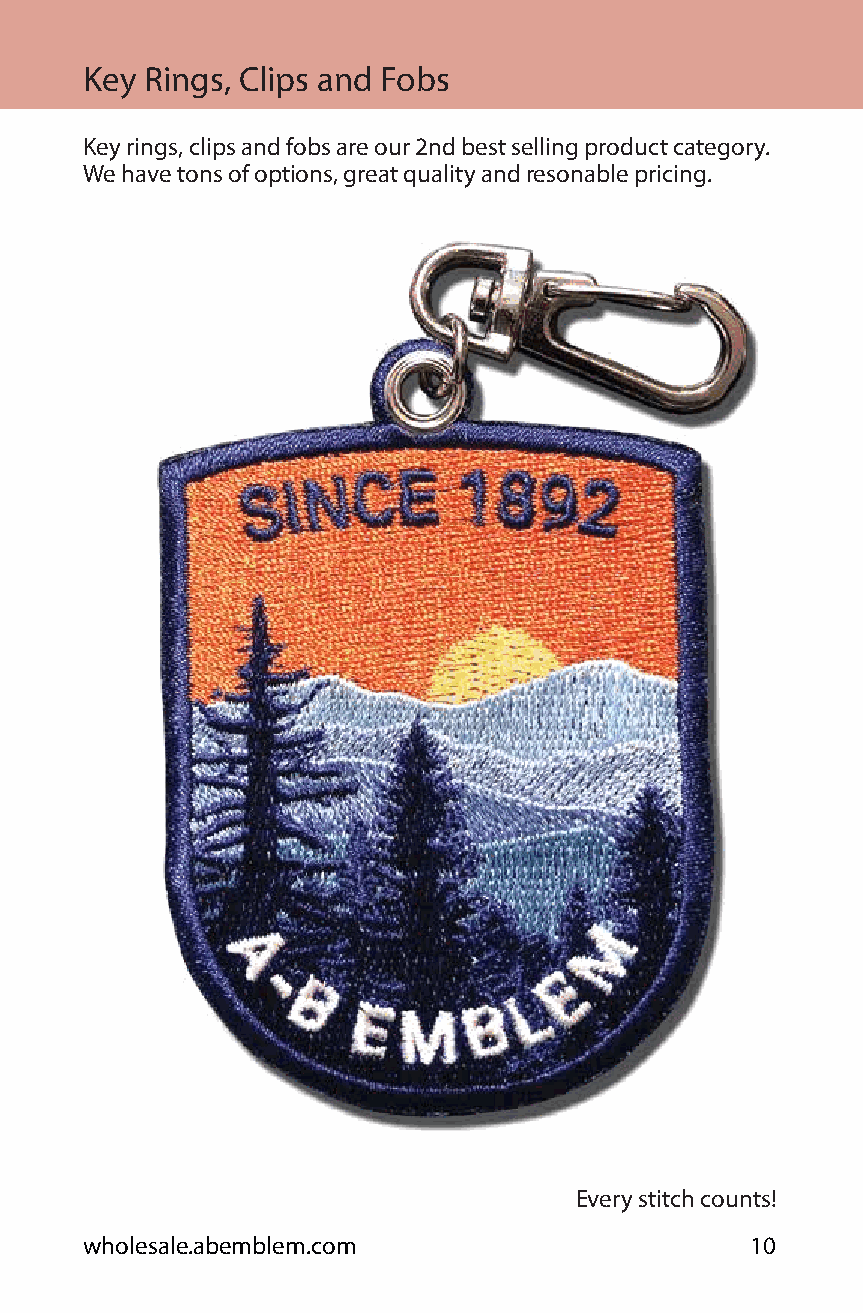
Key Rings, Clips and Fobs
 Key rings, clips and fobs are our 2nd best selling product category.
 We have tons of options, great quality and resonable pricing.
 Every stitch counts!
 wholesale.abemblem.com                      10